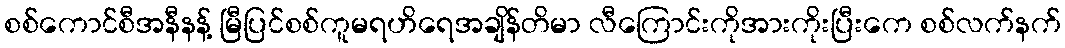
စစ်ကောင်စီအနီနန့် မြီပြင်စစ်ကူမရဟိရေအချိန်တိမာ လီကြောင်းကိုအားကိုးပြီးကေ စစ်လက်နက်